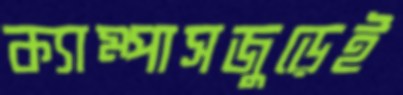
ক্যাম্পাসজুড়েই